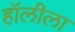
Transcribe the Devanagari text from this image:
हॉलीला